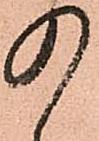
の